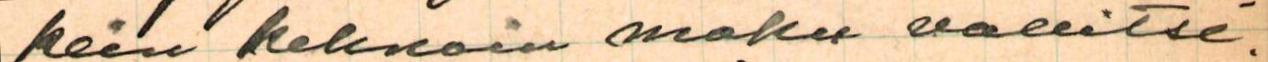
kein kehnoin maku vallitse.